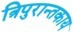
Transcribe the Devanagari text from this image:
त्रिपुरान्तकाय